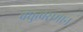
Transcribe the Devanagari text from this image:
बंधुत्वसमान